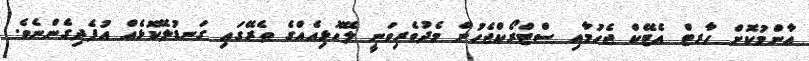
އާންމުކޮށް ހާރޓް އެޓޭކް ޖެހުމާއި ސްޓްރޯކްޖެހުން މެދުވެރިވަނީ ލޭހޮޅިއެއްގެ ތެރޭގައި ގަނޑުލޭކޮޅެއް އުފެދިގެންނެވެ.